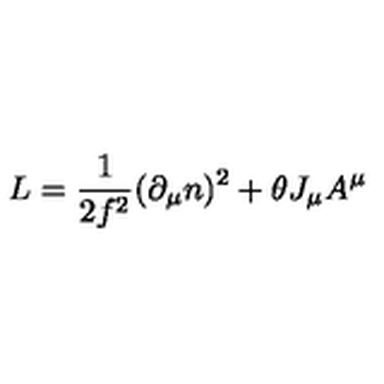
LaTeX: L = { \frac { 1 } { 2 { f } ^ { 2 } } } ( \partial _ { \mu } n ) ^ { 2 } + \theta J _ { { \mu } } A ^ { \mu }